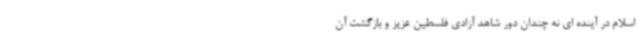
اسلام در آینده ای نه چندان دور شاهد آزادی فلسطین عزیز و بازگشت آن